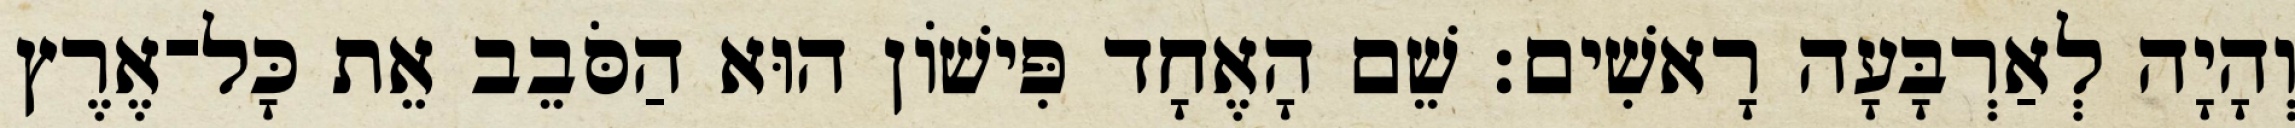
וְהָיָה לְאַרְבָּעָה רָאשִׁים׃ שֵׁם הָאֶחָד פִּישֹׁון הוּא הַסֹּבֵב אֵת כָּל־אֶרֶץ